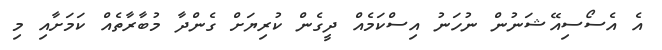
އެ އެސޯސިއޭޝަނުން ނުހަނު އިސްކަމެއް ދީގެން ކުރިޔަށް ގެންދާ މުބާރާތެއް ކަމަށާއި މި